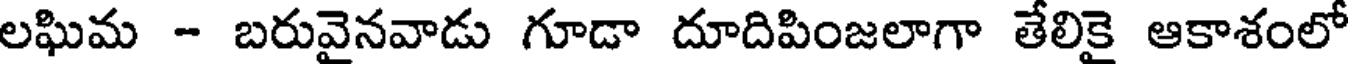
లఘిమ - బరువైనవాడు గూడా దూదిపింజలాగా తేలికై ఆకాశంలో